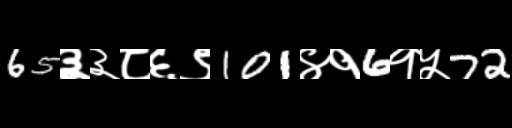
Text: 65३३८६९101४१6१५72